NAE_EAA_T-354_Tartu_Tamme_Gumnaasium, lk 101
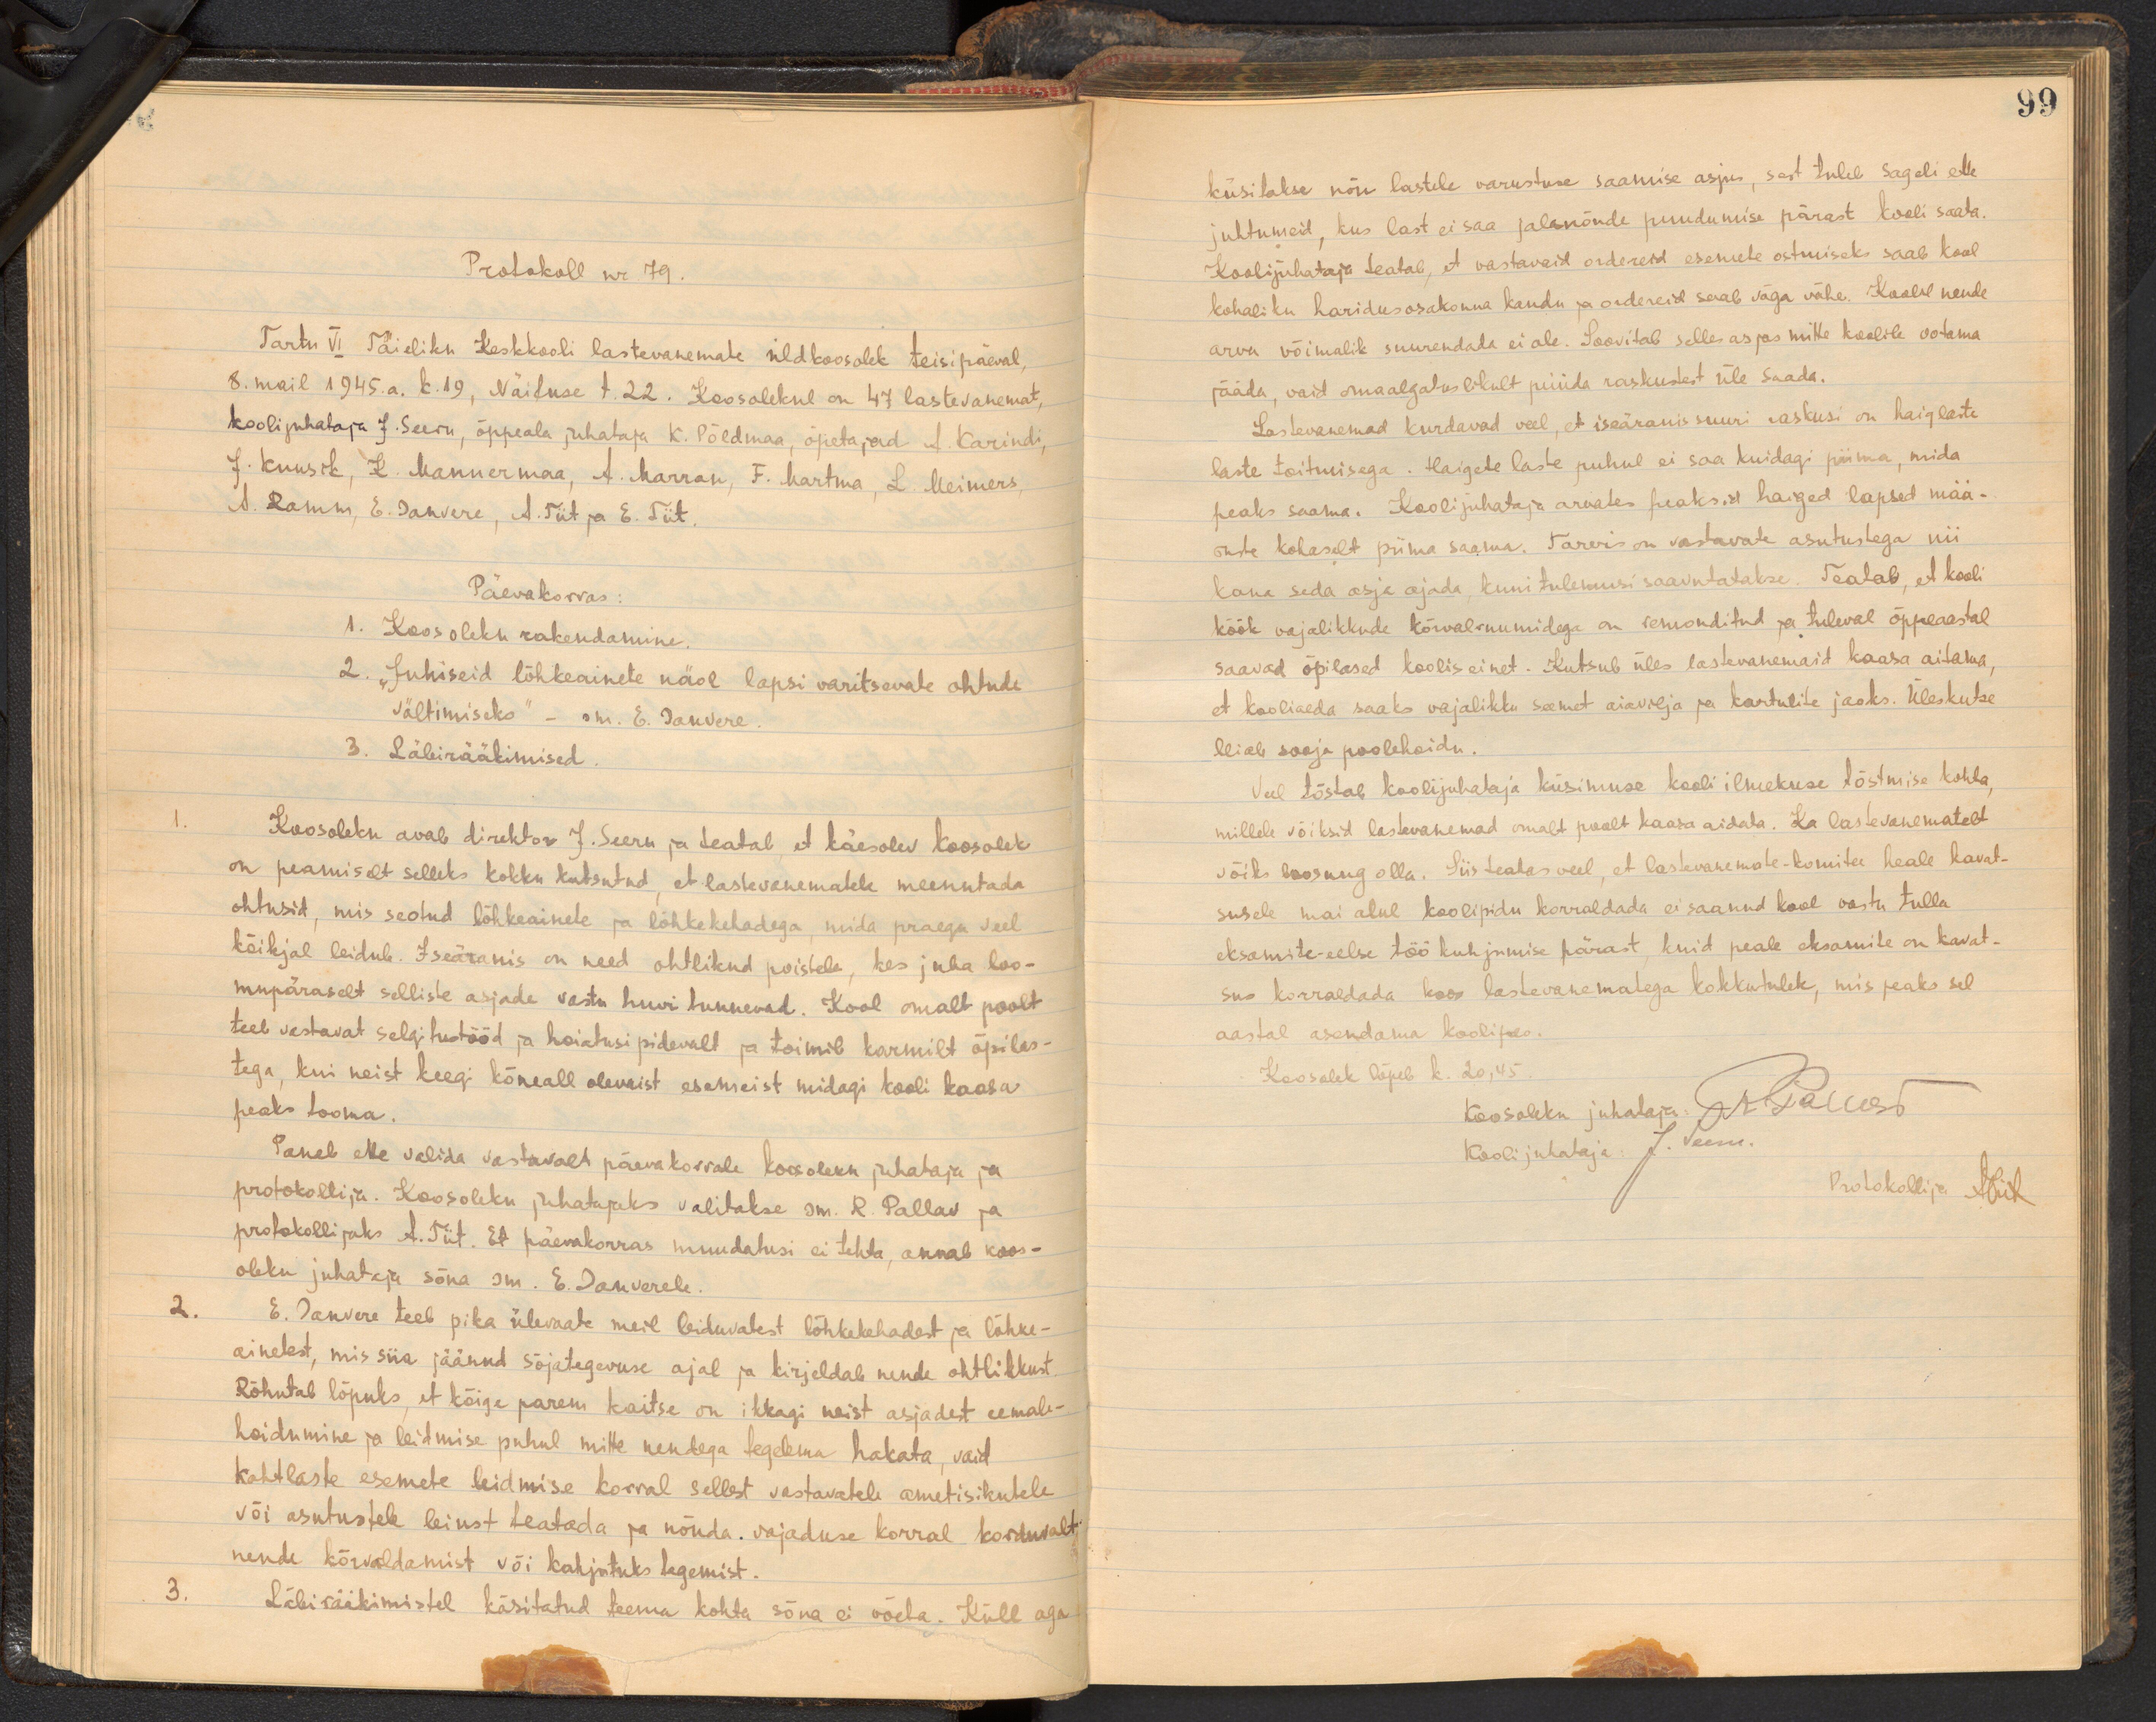
99

Protokoll nr. 79.
Tartu VI Täieliku Keskkooli lastevanemate üldkoosolek teisipäeval,
8. mail 1945.a. k.19, Näituse t. 22. Loosolekul on 47 lastevanemat,
kooli juhataja J. Seeru, õppeala juhataja K. Põldmaa, öpetajad A. Karindi,
J. Kuusik, L. Mannermaa, A. Marran, F. Martma, L.. Meimers,
A. Ramm, E. Sanvere, A. Tiit ja E. Tiit.
Päevakorras:
1. Koosoleku rakendamine.
2. "Juhiseid lõhkeainete näol lapsi varitsevate ohtude
vältimiseks" - sm. E. Danvere.
3. Läbirääkimised.
Koosoleku avab direktor J. Seeru ja teatab, et käesolev koosolek
on peamiselt selleks kokku kutsutud, et lastevanematele meenutada
ohtusid, mis seotud lõhkeainete ja lõhkekehadega, mida praegu veel
kõikjal leidub. Iseäranis on need ohtlikud poistele, kes juba loo-
mupärasalt selliste asjade vastu huvi tunnevad. Kool omalt poolt
teeb vastavat selgitustööd ja hoiatusi pidevalt ja toimib karmilt õpilas-
tega, kui neist keegi kõneall olevaist esemeist midagi kooli kaasa
peaks tooma.
Paneb ette valida vastavalt päevakorrale koosoleku juhataja ja
protokollija. Koosoleku juhatajaks valitakse sm. R. Pallav ja
protokollijaks A. Tiit. Et päevakorras muudatusi ei tehta, annab koos-
oleku juhataja sõna sm. E. Danverele.
2.
E. Tanvere teeb pika ülevaate meil leiduvatest lõhkekehadest ja lõhke-
ainetest, mis siia jäänud sõjategevuse ajal ja kirjeldab nende ohtlikkust.
Rõhutab lõpuks, et kõige parem kaitse on ikkagi neist asjadest eemale-
hoidumine ja leidmise puhul mitte nendega tegelema hakata, vaid
kahtlaste esemete leidmise korral sellest vastavatele ametiisikutele
või asutustele leiust teatada ja nõuda. vajaduse korral korduvalt
nende kõrvaldamist või kahjutuks tegemist.
3.
Läbirääkimistel käsitatud teema kohta sõna ei võeta. Küll aga

küsitakse nõu lastele varustuse saamise asjus, sest tuleb sageli ette
juhtumeid, kus last ei saa jalanõude puudumise pärast kooli saata.
Kooli juhataja teatab, et vastavaid ordereid esemete ostmiseks saab kool
kohaliku haridusosakonna kaudu ja ordereid saab väga vähe. Koolil nende
arvu võimalik suurendada ei ole. Soovitab selles asjas mitte koolile ootama
jääda, vaid omaalgatuslikult püüda raskustest üle saada.
Lastevanemad kurdavad veel, et iseäranis suuri raskusi on haiglaste
laste toitmisega. Haigete laste puhul ei saa kuidagi piima, mida
peaks saama. Koolijuhataja arvates peaksid haiged lapsed mää-
ruste kohaselt piima saama. Tarvis on vastavate asutustega nii
kaua seda asja ajada, kuni tulemusi saavutatakse. Teatab, et kooli
köök vajalikkude kõrvalruumidega on remonditud ja tuleval õppeaastal
saavad õpilased koolis einet. Kutsub üles lastevanemaid kaasa aitama-
et kooliaeda saaks vajalikku seemet aiavilja ja kartulite jaoks. Üleskutse
leiab sooja poolehoidu.
Veel tõstab koolijuhataja küsimuse kooli ilmekuse tõstmise kohta,
millele võiksid lastevanemad omalt poolt kaasa aidata. Ka lastevanematelt
võiks loosung olla. Siis teatas veel, et lastavanemate-komitee heale kavat-
susele mai alul koolipidu korraldada ei saanud kool vastu tulla.
eksamite-eelse töö kuhjumise pärast, kuid peale eksamite on kavat-
sus korraldada koos lastevanematega kokkutulek, mis peaks sel-
aastal asendama koolipeo.
Koosolek lõpeb k. 20,45
Koosoleku juhataja A Pärust
Kooli juhataja: J. Teeni
Protokollija Abrik